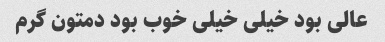
عالی بود خیلی خیلی خوب بود دمتون گرم